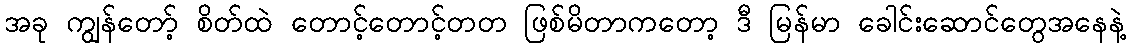
အခု ကျွန်တော့် စိတ်ထဲ တောင့်တောင့်တတ ဖြစ်မိတာကတော့ ဒီ မြန်မာ ခေါင်းဆောင်တွေအနေနဲ့